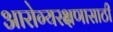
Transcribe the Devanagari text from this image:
आरोग्यरक्षणासाठी